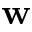
\mathbf { w }